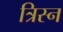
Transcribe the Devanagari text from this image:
त्रिस्न